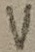
Text: V